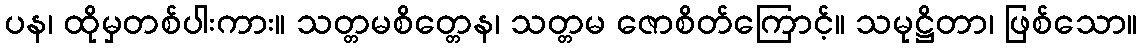
ပန၊ ထိုမှတစ်ပါးကား။ သတ္တမစိတ္တေန၊ သတ္တမ ဇောစိတ်ကြောင့်။ သမုဋ္ဌိတာ၊ ဖြစ်သော။